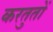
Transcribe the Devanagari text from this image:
करतुतों